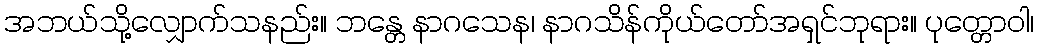
အဘယ်သို့လျှောက်သနည်း။ ဘန္တေ နာဂသေန၊ နာဂသိန်ကိုယ်တော်အရှင်ဘုရား။ ပုတ္တောဝါ၊